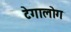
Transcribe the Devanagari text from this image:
टेगालोग